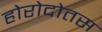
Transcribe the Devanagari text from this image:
होरोदोतस